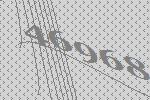
46968